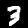
Label: 3